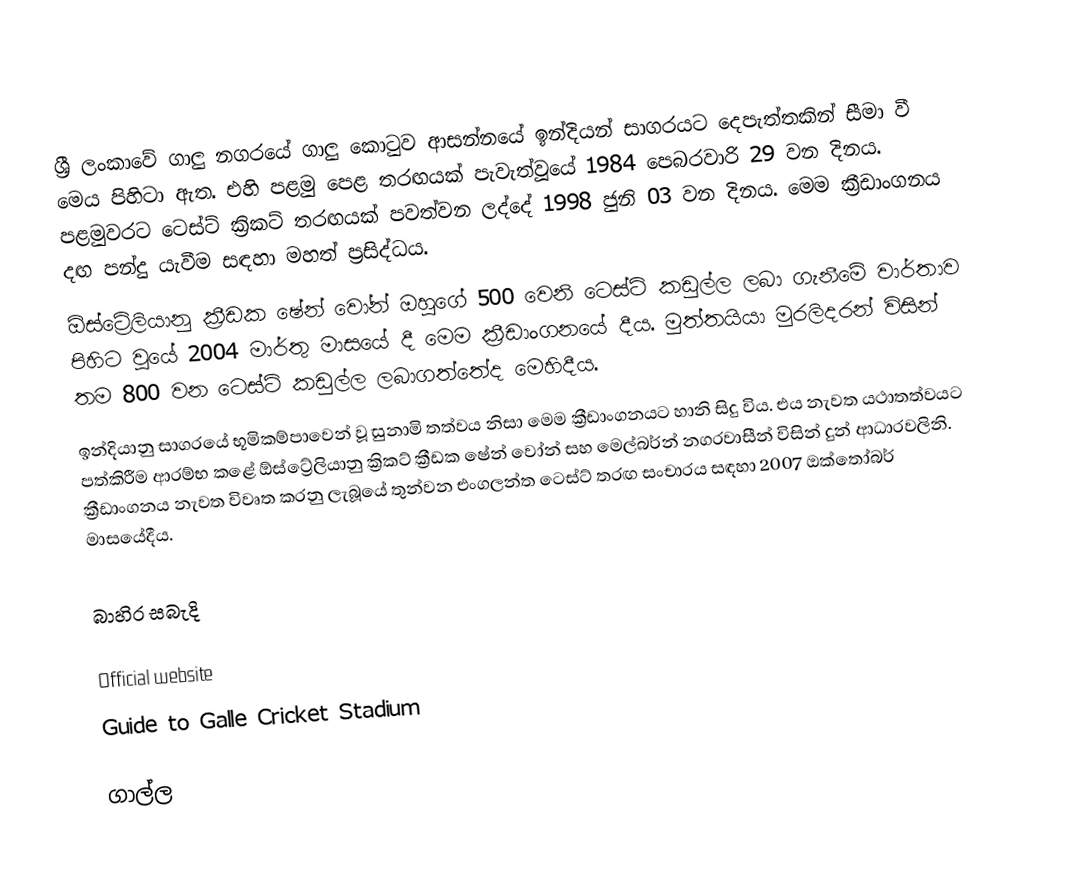
ශ්‍රී ලංකාවේ ගාලු නගරයේ ගාලු කොටුව ආසන්නයේ ඉන්දියන් සාගරයට දෙපැත්තකින් සීමා වී මෙය පිහිටා ඇත. එහි පළමු පෙළ තරඟයක් පැවැත්වූයේ 1984 පෙබරවාරි 29 වන දිනය. පළමුවරට ටෙස්ට් ක්‍රිකට් තරඟයක් පවත්වන ලද්දේ 1998 ජුනි 03 වන දිනය. මෙම ක්‍රීඩාංගනය දඟ පන්දු යැවීම සඳහා මහත් ප්‍රසිද්ධය.
ඕස්ට්‍රේලියානු ක්‍රීඩක ෂේන් වෝන් ඔහුගේ 500 වෙනි ටෙස්ට් කඩුල්ල ලබා ගැනීමේ වාර්තාව පිහිට වූයේ 2004 මාර්තු මාසයේ දී මෙම ක්‍රීඩාංගනයේ දීය. මුත්තයියා මුරලිදරන් විසින් තම 800 වන ටෙස්ට් කඩුල්ල ලබාගත්තේද මෙහිදීය.
ඉන්දියානු සාගරයේ භූමිකම්පාවෙන් වූ සුනාමි තත්වය නිසා මෙම ක්‍රීඩාංගනයට හානි සිදු විය. එය නැවත යථාතත්වයට පත්කිරීම ආරම්භ කළේ ඕ‍ස්ට්‍රේලියානු ක්‍රිකට් ක්‍රීඩක ෂේන් ‍වෝන් සහ මෙල්බර්න් නගරවාසීන් විසින් දුන් ආධාරවලිනි. ක්‍රීඩාංගනය නැවත විවෘත කරනු ලැබූයේ තුන්වන එංගලන්ත ටෙස්ට් තරඟ සංචාරය සඳහා 2007 ඔක්තෝබර් මාස‍යේදීය.

බාහිර සබැදි

 Official website
 Guide to Galle Cricket Stadium

ගාල්ල